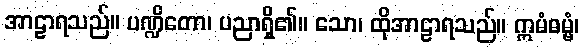
အာဠာရသည်။ ပဏ္ဍိတော၊ ပညာရှိ၏။ သော၊ ထိုအာဠာရသည်။ ဣမံဓမ္မံ၊